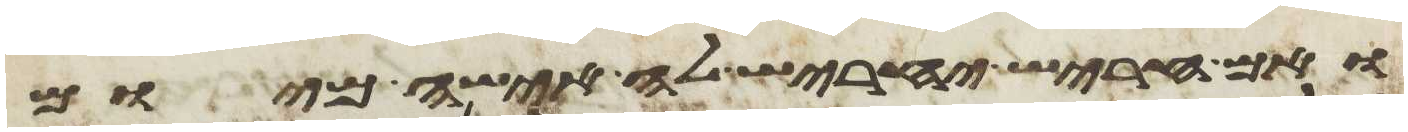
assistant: ואם החריש יחריש לה אישה מיום